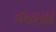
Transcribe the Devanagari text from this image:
कळलावे